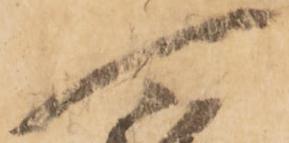
可